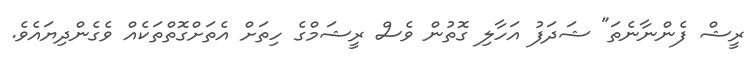
ރީޝް ފެންނާނެތަ" ޝަދަފު އަހާލި ގޮތުން ވެސް ރީޝަމްގެ ހިތަށް އެތަށްގޮތްތަކެއް ވެގެންދިޔައެވެ.